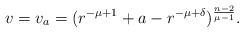
LaTeX: \begin{align*}v = v_a = (r^{-\mu + 1} + a - r^{-\mu + \delta})^{\frac{n-2}{\mu - 1}}.\end{align*}